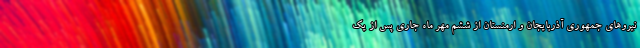
نیرو‌های جمهوری آذربایجان و ارمنستان از ششم مهر ماه جاری پس از یک